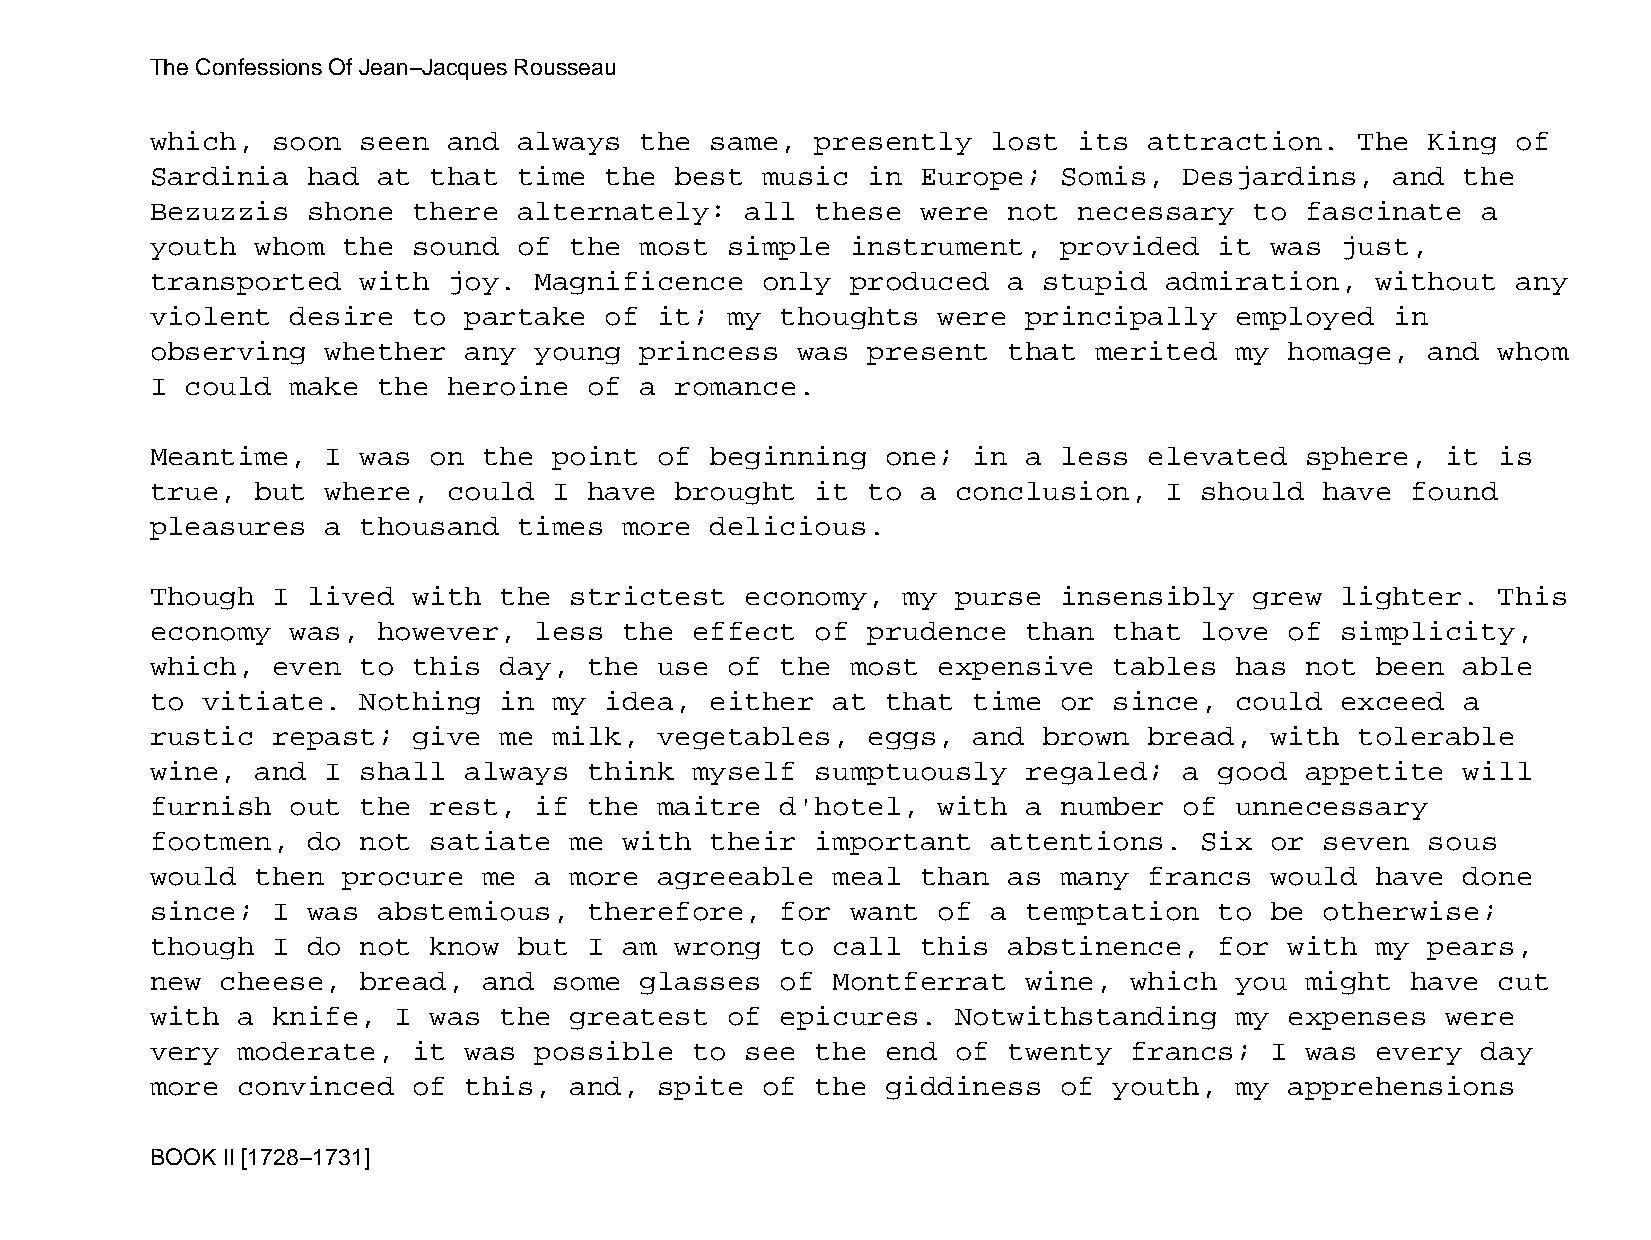
The Confessions Of Jean−Jacques Rousseau
 which,  soon  seen  and always  the  same,  presently   lost its  attraction.   The  King of
 Sardinia  had  at that  time  the  best music  in  Europe;  Somis,  Desjardins,   and  the
 Bezuzzis  shone  there  alternately:   all  these  were  not necessary   to fascinate   a
 youth  whom  the sound  of  the most  simple  instrument,   provided   it was  just,
 transported   with  joy. Magnificence   only  produced   a stupid  admiration,   without  any
 violent  desire  to  partake  of  it; my  thoughts  were  principally   employed  in
 observing   whether  any young  princess   was present   that merited   my homage,   and whom
 I could  make  the  heroine  of a  romance.
 Meantime,   I was on  the  point  of beginning   one; in  a less  elevated  sphere,   it is
 true,  but  where,  could  I have  brought  it to  a conclusion,   I should   have found
 pleasures   a thousand  times  more  delicious.
 Though  I lived  with  the  strictest  economy,   my purse  insensibly   grew  lighter.  This
 economy  was,  however,  less  the  effect  of prudence   than  that love  of  simplicity,
 which,  even  to this  day,  the  use of  the most  expensive   tables  has not  been  able
 to vitiate.   Nothing  in  my idea,  either  at  that time  or  since,  could  exceed  a
 rustic  repast;  give  me  milk,  vegetables,  eggs,  and  brown  bread,  with  tolerable
 wine,  and  I shall  always  think  myself  sumptuously   regaled;  a  good appetite   will
 furnish  out  the rest,  if  the  maitre  d'hotel,  with  a number  of  unnecessary
 footmen,  do  not satiate   me with  their  important   attentions.  Six  or  seven  sous
 would  then  procure  me a  more  agreeable  meal  than  as many  francs  would  have  done
 since;  I was  abstemious,   therefore,   for want  of  a temptation   to be  otherwise;
 though  I do  not know  but  I am  wrong  to call  this  abstinence,   for with  my  pears,
 new  cheese,  bread,  and  some glasses   of Montferrat   wine,  which  you might  have  cut
 with  a knife,  I was  the  greatest  of  epicures.  Notwithstanding    my expenses   were
 very  moderate,  it  was possible   to see  the  end of  twenty  francs;  I was  every  day
 more  convinced  of  this,  and,  spite of  the  giddiness  of  youth,  my apprehensions
 BOOK II [1728−1731]